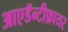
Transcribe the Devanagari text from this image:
आएडॅन्टीफ़ायर